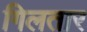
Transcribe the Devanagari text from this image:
गिलतार